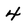
Character: 4